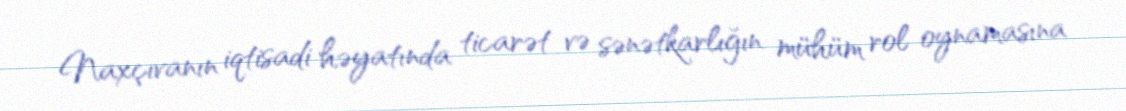
Naxçıvanın iqtisadi həyatında ticarət və sənətkarlığın mühüm rol oynamasına